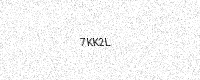
Text: 7KK2L